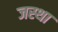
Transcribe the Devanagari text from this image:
जस्था